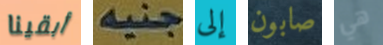
أبقينا جنيه إلى صابون هي